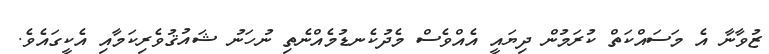
ޒުވާނާ އެ މަސައްކަތް ކުރަމުން ދިޔައީ އެއްވެސް މެދުކެނޑުމެއްނެތި ނުހަނު ޝައުޤުވެރިކަމާއި އެކީގައެވެ.